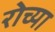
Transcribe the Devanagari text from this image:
रोच्या